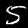
Digit: 5